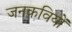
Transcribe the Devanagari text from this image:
जनकवियों